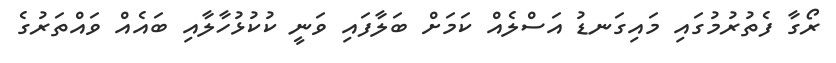
ރޯގާ ފެތުރުމުގައި މައިގަނޑު އަސްލެއް ކަމަށް ބަލާފައި ވަނީ ކުކުޅުހާލާއި ބައެއް ވައްތަރުގެ